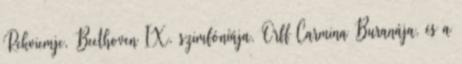
Rekviemje, Beethoven IX. szimfóniája, Orff Carmina Buranája, és a